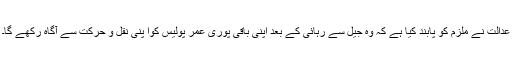
عدالت نے ملزم کو پابند کیا ہے کہ وہ جیل سے رہائی کے بعد اپنی باقی پوری عمر پولیس کوا پنی نقل و حرکت سے آگاہ رکھے گا۔